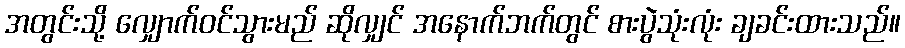
အတွင်းသို့ လျှောက်ဝင်သွားမည် ဆိုလျှင် အနောက်ဘက်တွင် စားပွဲသုံးလုံး ချခင်းထားသည်။